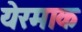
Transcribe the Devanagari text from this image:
येरमाक